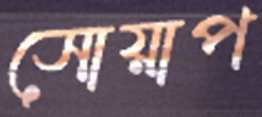
সোয়াপ